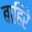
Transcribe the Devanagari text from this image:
बाहिरे